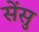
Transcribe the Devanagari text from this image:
सेंसु